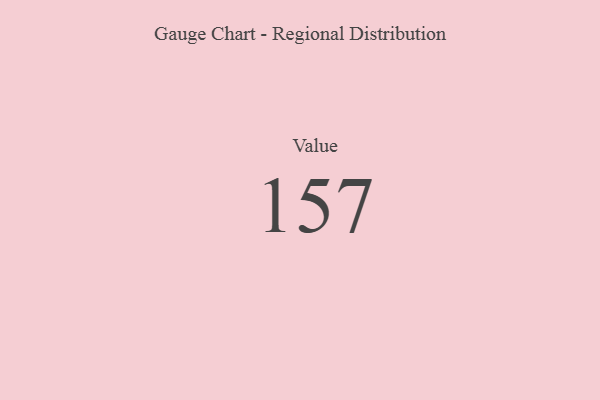
{"axis": {"x": "Metric", "y": "Value"}, "legend": [""], "data": [{"x": "Value", "y": 157, "type": ""}]}